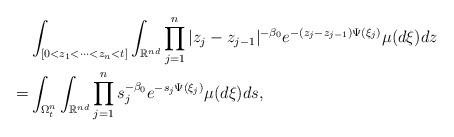
LaTeX: \begin{align*}&\int_{[0< z_1< \dots< z_{n}< t]} \int_{\mathbb R^{nd}}\prod_{j=1}^n|z_j-z_{j-1}|^{-\beta_0} e^{-(z_j-z_{j-1})\Psi(\xi_j)}\mu(d\xi)dz\\=&\int_{\Omega_{t}^{n}} \int_{\mathbb R^{nd}}\prod_{j=1}^ns_j^{-\beta_0} e^{-s_j\Psi(\xi_j)}\mu(d\xi)ds,\end{align*}